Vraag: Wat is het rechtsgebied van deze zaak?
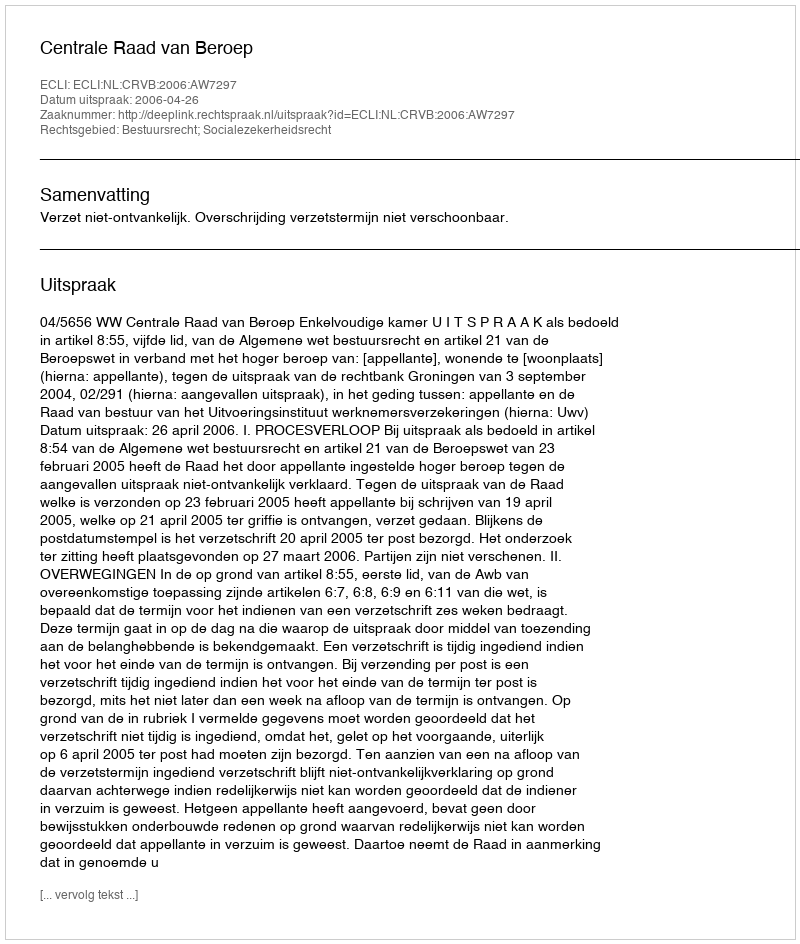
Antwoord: Bestuursrecht; Socialezekerheidsrecht